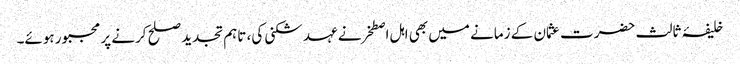
خلیفۂ ثالث حضرت عثمان کے زمانے میں بھی اہل اصطخرنے عہد شکنی کی، تاہم تجدید صلح کرنے پر مجبور ہوئے۔